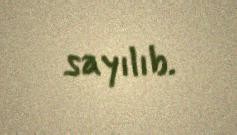
sayılıb.